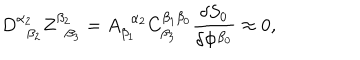
D _ { \; \; \beta _ { 2 } } ^ { \alpha _ { 2 } } Z _ { \; \; \beta _ { 3 } } ^ { \beta _ { 2 } } = A _ { \beta _ { 1 } } ^ { \; \; \alpha _ { 2 } } C _ { \beta _ { 3 } } ^ { \beta _ { 1 } \beta _ { 0 } } \frac { \delta S _ { 0 } } { \delta \Phi ^ { \beta _ { 0 } } } \approx 0 ,